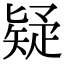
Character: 疑